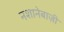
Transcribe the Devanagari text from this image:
नशानेबाज़ी